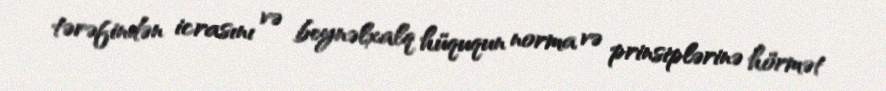
tərəfindən icrasını və beynəlxalq hüququn norma və prinsiplərinə hörmət